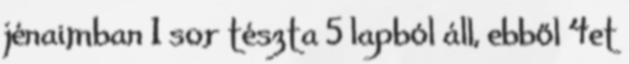
jénaimban 1 sor tészta 5 lapból áll, ebből 4et